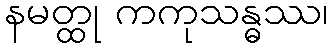
နမတ္ထု ကကုသန္ဓဿ၊